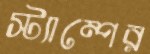
স্ট্যাম্পের